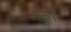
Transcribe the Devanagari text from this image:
नोलंबों